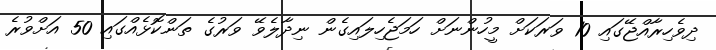
ދިވެހިރާއްޖޭގައި 10 ވަރަކަށް މީހުންނަށް ހަމަޖެހިލައިގެން ނިދާލެވޭ ވަރުގެ ތަންކޮޅެއްގައި 50 އަށްވުރެ